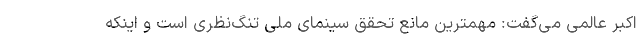
اکبر عالمی می‌گفت: مهمترین مانع تحقق سینمای ملی تنگ‌نظری است و اینکه